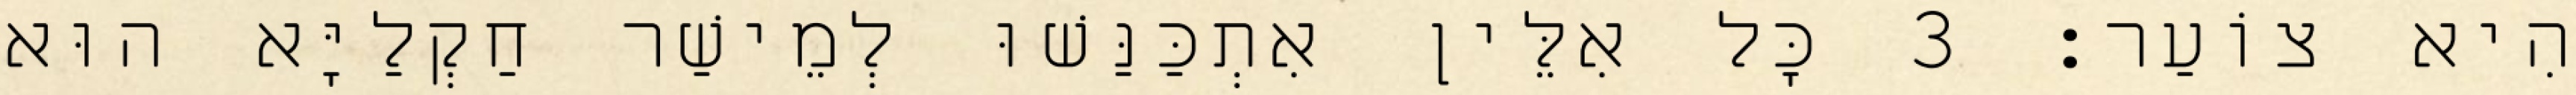
הִיא צוֹעַר׃ 3 כָּל אִלֵּין אִתְכַּנַּשׁוּ לְמֵישַׁר חַקְלַיָּא הוּא